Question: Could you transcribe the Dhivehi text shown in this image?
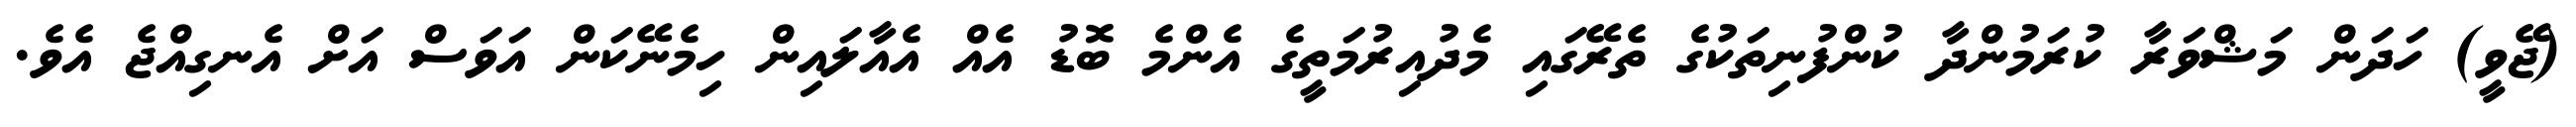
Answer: (ޖޭވީ) ހަދަން މަޝްވަރާ ކުރަމުންދާ ކުންފުނިތަކުގެ ތެރޭގައި މެދުއިރުމަތީގެ އެންމެ ބޮޑު އެއް އެއާލައިން ހިމެނޭކަން އަވަސް އަށް އެނގިއްޖެ އެވެ.